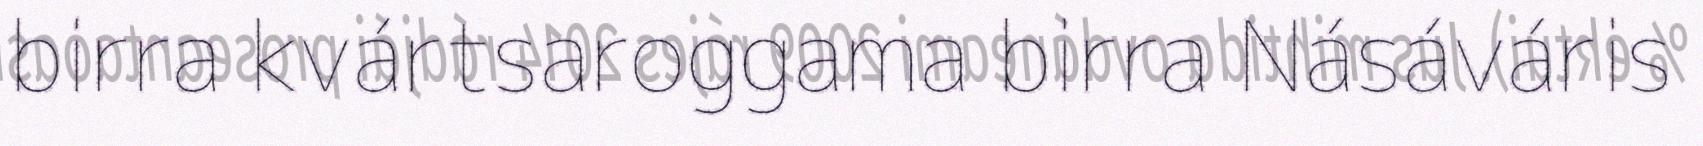
birra kvártsaroggama birra Násáváris